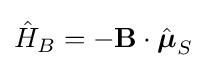
{\hat {H}}_{B}=-\mathbf {B} \cdot {\hat {\boldsymbol {\mu }}}_{S}